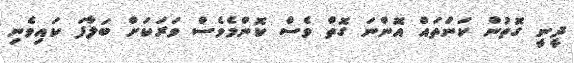
ދީނީ ގޮތުން ކަންތައް އޮންނަ ގޮތް ވެސް ކޮންމެވެސް ވަރަކަށް ބަލާފަ ކައިވެނި